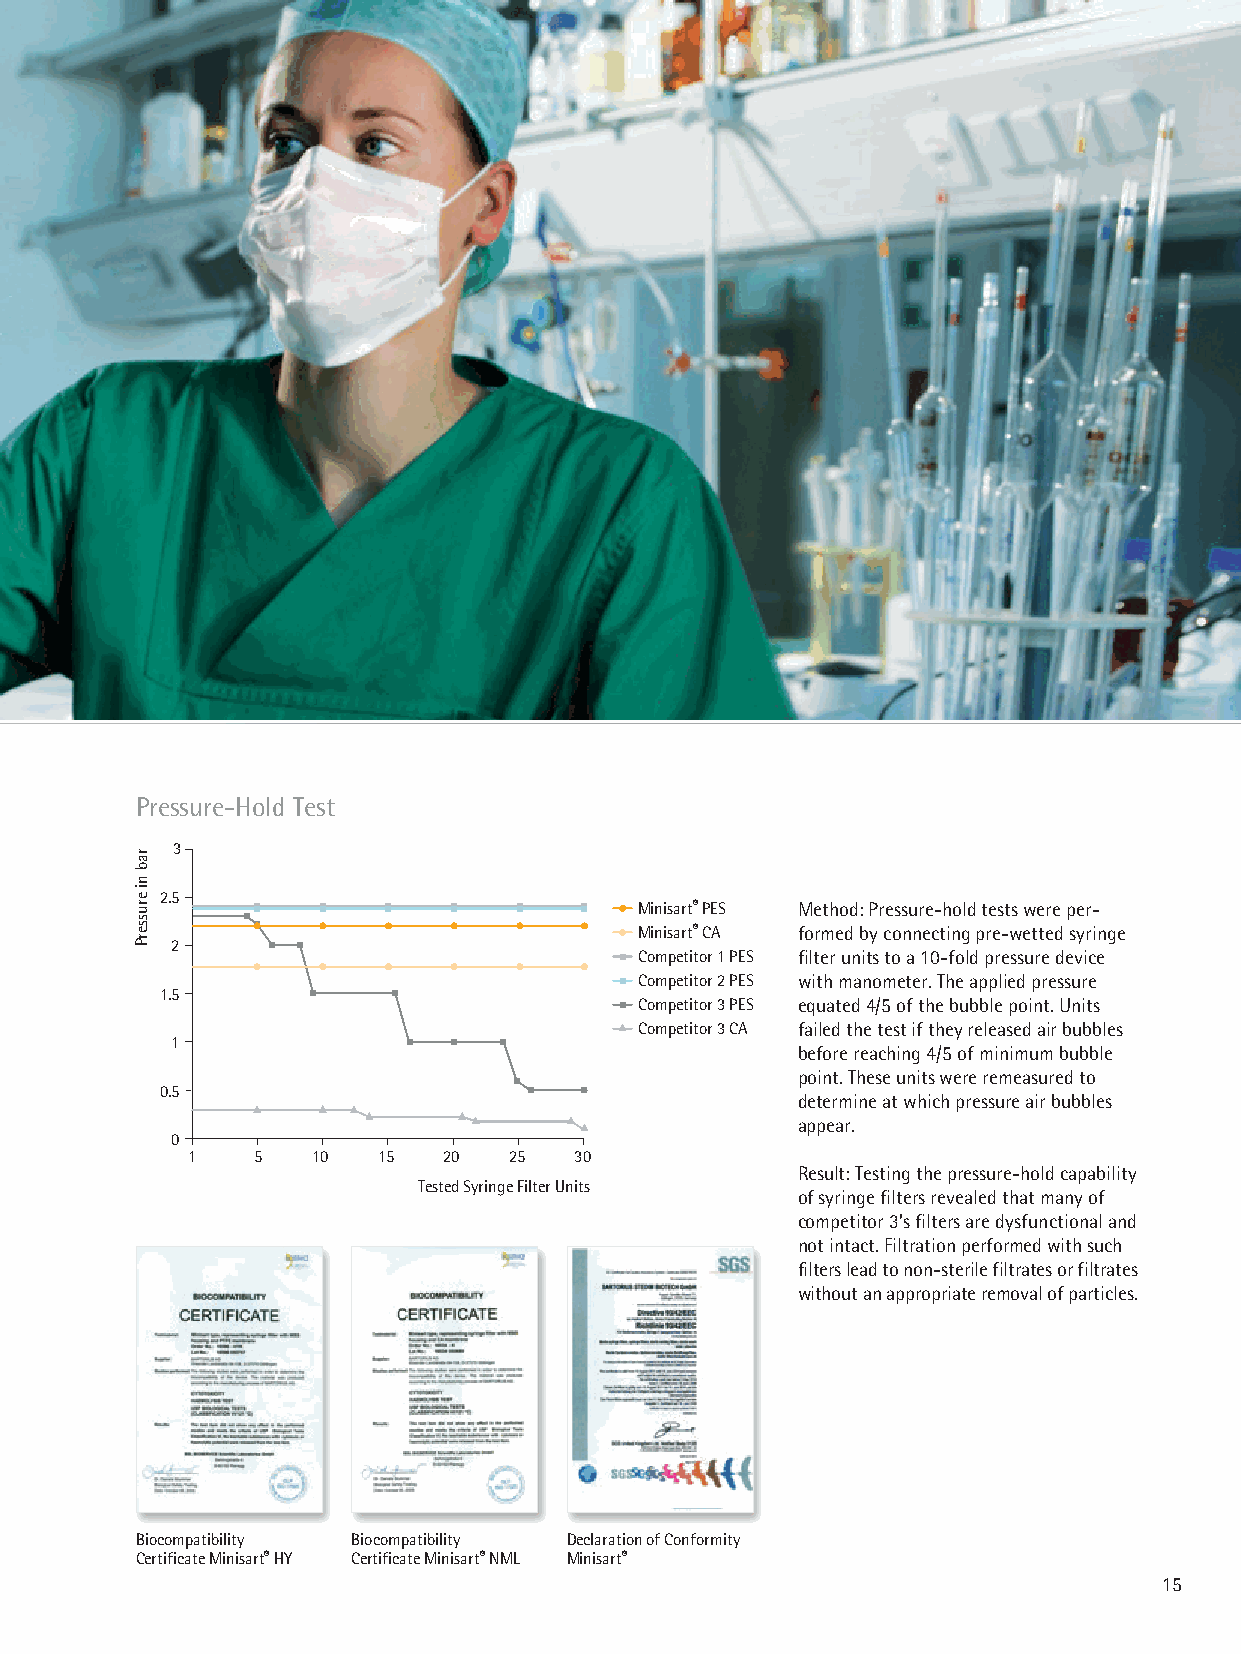
Pressure-Hold Test
 3
 2.5
 Minisart® PES Method: Pressure-hold tests were per-
 Minisart® CA formed by connecting pre-wetted syringe
 2
 Competitor 1 PES filter units to a 10-fold pressure device
 Competitor 2 PES with manometer. The applied pressure
 1.5
 Competitor 3 PES equated 4/5 of the bubble point. Units
 Competitor 3 CA failed the test if they released air bubbles
 1
 before reaching 4/5 of minimum bubble
 point. These units were remeasured to
 0.5
 determine at which pressure air bubbles
 appear.
 0
 1    5   10  15  20   25  30
 Result: Testing the pressure-hold capability
 Tested Syringe Filter Units
 of syringe filters revealed that many of
 competitor 3’s filters are dysfunctional and
 not intact. Filtration performed with such
 filters lead to non-sterile filtrates or filtrates
 without an appropriate removal of particles.
 Biocompatibility Biocompatibility Declaration of Conformity
 Certificate Minisart® HY Certificate Minisart® NML Minisart®
 15
 rab
 ni
 erusserP